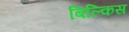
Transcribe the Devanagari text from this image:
बिल्किस